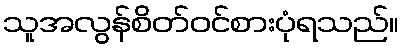
သူအလွန်စိတ်ဝင်စားပုံရသည်။